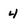
Character: 4